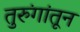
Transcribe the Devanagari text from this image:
तुरुंगांतून